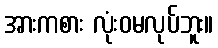
အားကစား လုံးဝမလုပ်ဘူး။